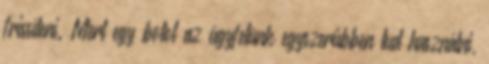
frissíteni. Mert egy botot az ügyfelünk egyszerűbben tud használni,